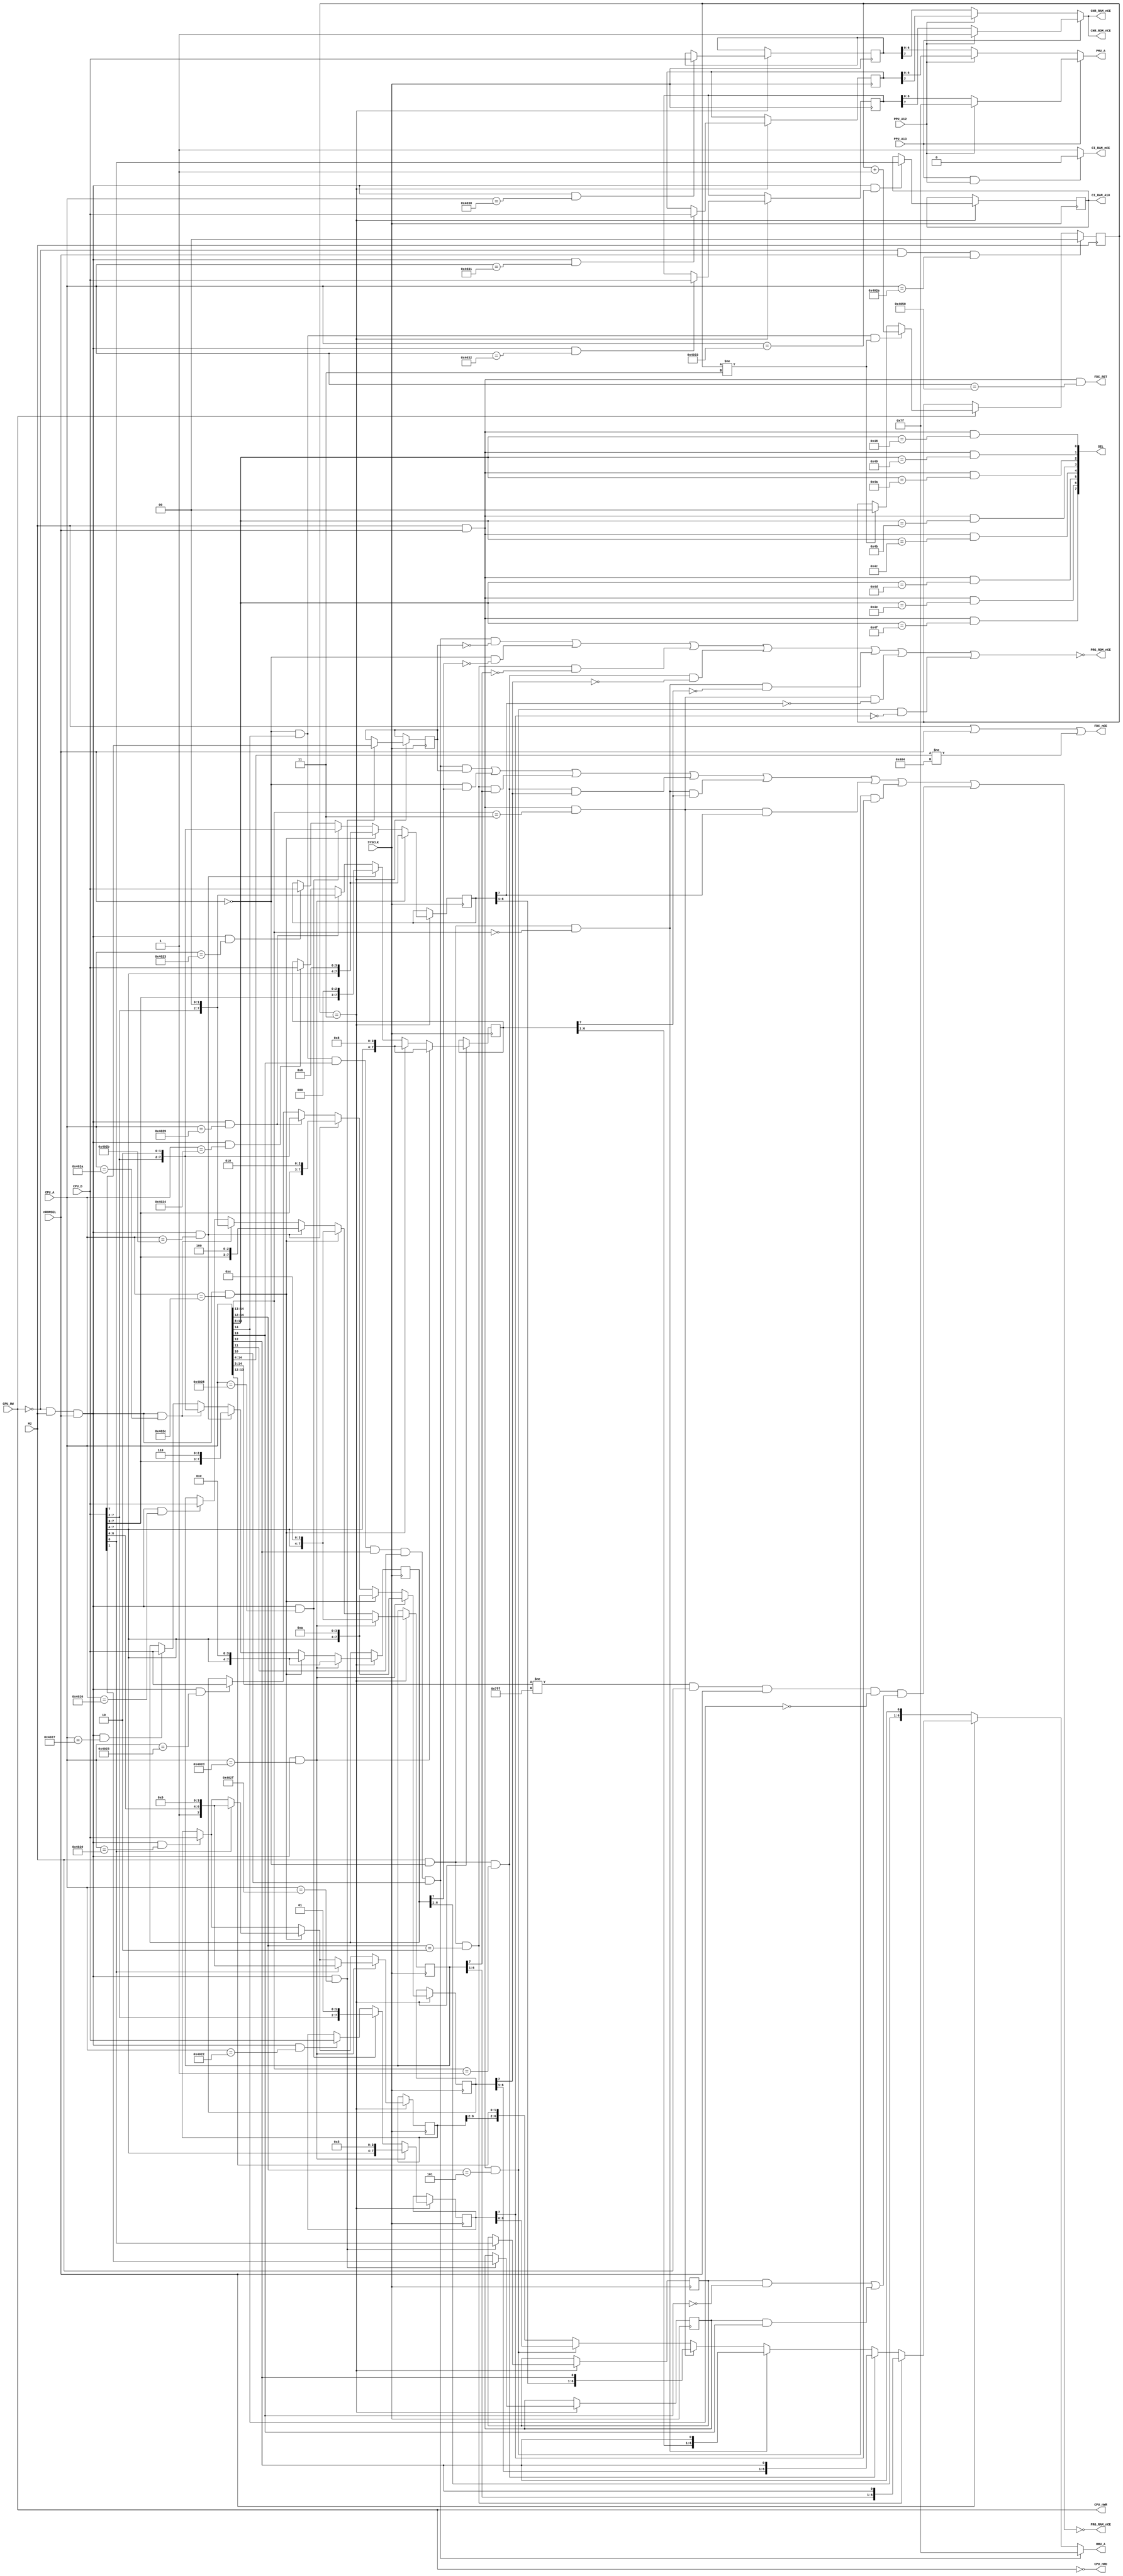
module nespc(
    input wire          SYSCLK
   ,input wire          M2
   ,input wire          nROMSEL
   ,input wire  [14:0]  CPU_A
   ,input wire   [7:0]  CPU_D
   ,input wire          CPU_RW
   ,input wire          PPU_A13
   ,input wire          PPU_A12
   ,output wire         CPU_nRD
   ,output wire         CPU_nWR
   ,output wire         FDC_nCE
   ,output wire  [7:0]  SEL
   ,output wire  [6:0]  MMU_A
   ,output wire  [6:0]  PMU_A
   ,output wire         PRG_RAM_nCE
   ,output wire         PRG_ROM_nCE
   ,output wire         CHR_RAM_nCE
   ,output wire         CHR_ROM_nCE
   ,output wire         CI_RAM_nCE
   ,output wire         CI_RAM_A10
   ,output wire         FDC_RST
);

// Yes, I know this wastes 1 output pin for nWR, and could be replaced by a transistor for nRD.
assign CPU_nRD = ~CPU_RW;
assign CPU_nWR =  CPU_RW;

// Floppy Disk Controller at $404x, Reset at $4050
assign FDC_nCE = M2 || nROMSEL || (CPU_A[14:4] != 11'h0404);
assign FDC_RST = M2 && nROMSEL && (CPU_A[14:0] == 15'h04050);

// I/O0 $48xx -> Slot 0 I/O Window
assign SEL[0] = M2 && nROMSEL && (CPU_A[14:8] == 7'h48);

// ROM0 $49xx -> Slot 0 ROM Window
assign SEL[1] = M2 && nROMSEL && (CPU_A[14:8] == 7'h49);

// I/O1 $4Axx -> Slot 1 I/O Window
assign SEL[2] = M2 && nROMSEL && (CPU_A[14:8] == 7'h4A);

// ROM1 $4Bxx -> Slot 1 ROM Window
assign SEL[3] = M2 && nROMSEL && (CPU_A[14:8] == 7'h4B);

// I/O2 $4Cxx -> Slot 2 I/O Window
assign SEL[4] = M2 && nROMSEL && (CPU_A[14:8] == 7'h4C);

// ROM2 $4Dxx -> Slot 2 ROM Window
assign SEL[5] = M2 && nROMSEL && (CPU_A[14:8] == 7'h4D);

// I/O3 $4Exx -> Slot 3 I/O Window
assign SEL[6] = M2 && nROMSEL && (CPU_A[14:8] == 7'h4E);

// ROM3 $4Fxx -> Slot 3 ROM Window
assign SEL[7] = M2 && nROMSEL && (CPU_A[14:8] == 7'h4F);




// PPU/CHR Memory Mapper

// PPU $0000-$0FFF  4KB Pattern Table 0 (Default CHR-ROM $FFF000-$FFFFFF)
reg [7:0] PPU_WIN0 = 8'h7f;

// PPU $1000-$1FFF  4KB Pattern Table 1 (Default CHR-ROM $FFE000-$FFEFFF)
reg [7:0] PPU_WIN1 = 8'h7e;

// PPU $2000-$2FFF  4KB Name Tables (Default CHR-ROM $FFD000-$FFDFFF)
reg [7:0] PPU_WIN2 = 8'h7d;

// PPU $3000-$3EFF  CI-A10 value for CI-RAM (Mostly Useless)
reg       PPU_WIN3 = 1'b1;

assign PMU_A[6:0]  = PPU_A13 ? (PPU_A12 ? 7'h7f : PPU_WIN2[6:0]) : (PPU_A12 ? PPU_WIN1[6:0] : PPU_WIN0[6:0]);
assign CHR_ROM_nCE = PPU_A13 ? (PPU_A12 ?  1'b1 : PPU_WIN2[7]  ) : (PPU_A12 ? PPU_WIN1[7]   : PPU_WIN0[7]  );
assign CHR_RAM_nCE = PPU_A13 ? (PPU_A12 ?  1'b1 : PPU_WIN2[7]  ) : (PPU_A12 ? PPU_WIN1[7]   : PPU_WIN0[7]  );

// Cull these to drop the (Mostly Useless) CI-RAM and save two I/O pins (wire CI_RAM_nCE to +5V instead)
assign CI_RAM_nCE  = (PPU_A13 && PPU_A12) ? 1'b0 : 1'b1;
assign CI_RAM_A10  = PPU_WIN3;




// CPU/PRG Memory Mapper

reg [1:0] UNLOCK = 2'b0;

// $0000-$3FFF 16KB Base Window
reg EWRAM_20 = 1'b0;
reg EWRAM_00 = 1'b0;
reg [7:0] PAGE00_WIN = 8'h80;

// EWRAM
wire PAGE00_SEL = (CPU_A[14:3] != 12'b011111111111) && M2 && nROMSEL && !CPU_A[14] && ((EWRAM_00 && !CPU_A[13]) || (EWRAM_20 && CPU_A[13]));

// $5000-$5FFF  4KB Page Window
reg [7:0] PAGE50_WIN = 8'h75;
wire PAGE50_SEL =  M2 && nROMSEL && (CPU_A[14:12] == 3'h5);

// $6000-$7FFF  8KB Page Window
reg [7:0] PAGE60_WIN = 8'h76;
wire PAGE60_SEL =  M2 && nROMSEL && (CPU_A[14:13] == 2'h3);

// $8000-$9FFF  8KB Page Window
reg [7:0] PAGE80_WIN = 8'h78;
wire PAGE80_SEL =  M2 && !nROMSEL && (CPU_A[14:13] == 2'h0);

// $A000-$BFFF  8KB Page Window
reg [7:0] PAGEA0_WIN = 8'h7A;
wire PAGEA0_SEL =  M2 && !nROMSEL && (CPU_A[14:13] == 2'h1);

// $C000-$DFFF  8KB Page Window
reg [7:0] PAGEC0_WIN = 8'h7C;
wire PAGEC0_SEL =  M2 && !nROMSEL && (CPU_A[14:12] == 2'h2);

// $E000-$FBFF  7KB User Window (Fixed at PRG-ROM/PRG-RAM $FFE000-$FFFBFF)
//reg PAGEE0_RAM = 1'b0;
reg [7:0] PAGEE0_WIN = 8'h7E;
wire PAGEE0_SEL = !nROMSEL; // || (M2 && (CPU_A[14:12] >= 3'd6));

// $FC00-$FFFF  1KB Vector Window (Fixed at PRG-ROM/PRG-RAM $FFFC00-$FFFFFF)
reg PAGEFC_RAM = 1'b0;
wire PAGEFC_SEL = !nROMSEL && CPU_A[14] &&  CPU_A[13] &&  CPU_A[12]  &&  CPU_A[11] &&  CPU_A[10];


assign MMU_A[6:0]  = PAGEFC_SEL ? 7'h7f : (
                     PAGEE0_SEL ? { PAGEE0_WIN[6:1], CPU_A[12] } : (
                     PAGEC0_SEL ? { PAGEC0_WIN[6:1], CPU_A[12] } : (
                     PAGEA0_SEL ? { PAGEA0_WIN[6:1], CPU_A[12] } : (
                     PAGE80_SEL ? { PAGE80_WIN[6:1], CPU_A[12] } : (
                     PAGE60_SEL ? { PAGE60_WIN[6:1], CPU_A[12] } : (
                     PAGE50_SEL ? PAGE50_WIN[6:0] : (
							{ PAGE00_WIN[6:2], CPU_A[13:12] } )))))));

assign PRG_ROM_nCE = !((PAGEFC_SEL && !PAGEFC_RAM) ||
                       (PAGEE0_SEL && !PAGEE0_WIN[7]) ||
                       (PAGEC0_SEL && !PAGEC0_WIN[7]) ||
                       (PAGEA0_SEL && !PAGEA0_WIN[7]) ||
                       (PAGE80_SEL && !PAGE80_WIN[7]) ||
                       (PAGE60_SEL && !PAGE60_WIN[7]) ||
                       (PAGE50_SEL && !PAGE50_WIN[7]));

assign PRG_RAM_nCE = !((PAGEFC_SEL && PAGEFC_RAM) ||
                       (PAGEE0_SEL && PAGEE0_WIN[7]) ||
                       (PAGEC0_SEL && PAGEC0_WIN[7]) ||
                       (PAGEA0_SEL && PAGEA0_WIN[7]) ||
                       (PAGE80_SEL && PAGE80_WIN[7]) ||
                       (PAGE60_SEL && PAGE60_WIN[7]) ||
                       (PAGE50_SEL && PAGE50_WIN[7]) ||
                        PAGE00_SEL);



// MMU Registers

always @ (posedge M2) begin
    if(!CPU_nRD) begin
	     if(!nROMSEL && CPU_A[14] && (UNLOCK != 2'b11)) begin
	         UNLOCK <= UNLOCK + 2'b1;
		  end else if(UNLOCK != 2'b11) begin
	         UNLOCK <= 2'b0;
		  end
	 end
	 // $402E: MMU Lock Register
	 if(!CPU_nWR && nROMSEL && (CPU_A[14:0] == 15'h402E)) begin
	 	 UNLOCK <= 2'b0;
	 end
end

always @ (posedge SYSCLK) begin

    if(UNLOCK == 2'b11) begin
		  // $4020: MMU Register for CPU Bus $0000-$3FFF
		  if(!CPU_nWR && M2 && nROMSEL && (CPU_A[14:0] == 15'h4020)) begin
            PAGE00_WIN <= CPU_D;
		  end
		  // $4022: MMU Register for CPU Bus $5000-$5FFF
		  if(!CPU_nWR && M2 && nROMSEL && (CPU_A[14:0] == 15'h4022)) begin
            PAGE50_WIN <= CPU_D;
		  end
		  // $4023: MMU Register for CPU Bus $6000-$7FFF
		  if(!CPU_nWR && M2 && nROMSEL && (CPU_A[14:0] == 15'h4023)) begin
            PAGE60_WIN <= CPU_D;
		  end
		  // $4024: MMU Register for CPU Bus $8000-$9FFF
		  if(!CPU_nWR && M2 && nROMSEL && (CPU_A[14:0] == 15'h4024)) begin
            PAGE80_WIN <= CPU_D;
		  end
		  // $4025: MMU Register for CPU Bus $A000-$BFFF
		  if(!CPU_nWR && M2 && nROMSEL && (CPU_A[14:0] == 15'h4025)) begin
            PAGEA0_WIN <= CPU_D;
		  end
		  // $4026: MMU Register for CPU Bus $C000-$DFFF
        if(!CPU_nWR && M2 && nROMSEL && (CPU_A[14:0] == 15'h4026)) begin
            PAGEC0_WIN <= CPU_D;
        end
        // $4027: MMU Register for CPU Bus $E000-$FBFF
        if(!CPU_nWR && M2 && nROMSEL && (CPU_A[14:0] == 15'h4027)) begin
            PAGEE0_WIN <= CPU_D;
        end

		  // $4028: MMU Register for CPU Bus $5000-$7FFF
		  if(!CPU_nWR && M2 && nROMSEL && (CPU_A[14:0] == 15'h4028)) begin
            PAGE50_WIN <= { CPU_D[7:2], 2'h1 };
            PAGE60_WIN <= { CPU_D[7:2], 2'h2 };
		  end
		  // $4029: MMU Register for CPU Bus $8000-$BFFF
		  if(!CPU_nWR && M2 && nROMSEL && (CPU_A[14:0] == 15'h4029)) begin
            PAGE80_WIN <= { CPU_D[7:2], 2'h0 };
            PAGEA0_WIN <= { CPU_D[7:2], 2'h2 };
		  end
		  // $402A: MMU Register for CPU Bus $C000-$FBFF
		  if(!CPU_nWR && M2 && nROMSEL && (CPU_A[14:0] == 15'h402A)) begin
            PAGEC0_WIN <= { CPU_D[7:2], 2'h0 };
            PAGEE0_WIN <= { CPU_D[7:2], 2'h2 };
		  end

		  // $402B: MMU Bulk Register for CPU Bus $8000-$FBFF
		  if(!CPU_nWR && M2 && nROMSEL && (CPU_A[14:0] == 15'h402B)) begin
            PAGE80_WIN <= { CPU_D[7:3], 3'h0 };
            PAGEA0_WIN <= { CPU_D[7:3], 3'h2 };
            PAGEC0_WIN <= { CPU_D[7:3], 3'h4 };
            PAGEE0_WIN <= { CPU_D[7:3], 3'h6 };
		  end
		  // $402C: MMU Bulk Register for CPU Bus $0000-$3FFF, $6000-$FBFF
		  if(!CPU_nWR && M2 && nROMSEL && (CPU_A[14:0] == 15'h402C)) begin
		      if(CPU_D[0])
                PAGE00_WIN <= { 1'b1, CPU_D[6:4], 4'h0 };
            PAGE60_WIN <= { CPU_D[7:4], 4'h6 };
            PAGE80_WIN <= { CPU_D[7:4], 4'h8 };
            PAGEA0_WIN <= { CPU_D[7:4], 4'hA };
            PAGEC0_WIN <= { CPU_D[7:4], 4'hC };
            PAGEE0_WIN <= { CPU_D[7:4], 4'hE };
		  end
		  // $402D: MMU Bulk Register for CPU Bus $0000-$3FFF, $5000-$FBFF
		  if(!CPU_nWR && M2 && nROMSEL && (CPU_A[14:0] == 15'h402D)) begin
		      if(CPU_D[0])
                PAGE00_WIN <= { 1'b1, CPU_D[6:4], 4'h0 };
            PAGE50_WIN <= { CPU_D[7:4], 4'h5 };
            PAGE60_WIN <= { CPU_D[7:4], 4'h6 };
            PAGE80_WIN <= { CPU_D[7:4], 4'h8 };
            PAGEA0_WIN <= { CPU_D[7:4], 4'hA };
            PAGEC0_WIN <= { CPU_D[7:4], 4'hC };
            PAGEE0_WIN <= { CPU_D[7:4], 4'hE };
		  end
		  // $402F: MMU Vector Register
		  // D7 toggles $FC00-$FFFF between (0) PRG-ROM and (1) PRG-RAM
		  // D1 enables/disables $2000-$3FF8 mapping (Requires U3 MMU)
		  // D0 enables/disables $0000-$1FFF mapping
		  if(!CPU_nWR && M2 && nROMSEL && (CPU_A[14:0] == 15'h402F)) begin
            PAGEFC_RAM <= CPU_D[7];
            EWRAM_20   <= CPU_D[1];
            EWRAM_00   <= CPU_D[0];
		  end

		  // $4030: MMU Register for PPU Bus $0000-$0FFF
		  if(!CPU_nWR && M2 && nROMSEL && (CPU_A[14:0] == 15'h4030)) begin
            PPU_WIN0 <= CPU_D;
		  end
		  // $4031: MMU Register for PPU Bus $1000-$1FFF
		  if(!CPU_nWR && M2 && nROMSEL && (CPU_A[14:0] == 15'h4031)) begin
            PPU_WIN1 <= CPU_D;
		  end
		  // $4032: MMU Register for PPU Bus $2000-$2FFF
		  if(!CPU_nWR && M2 && nROMSEL && (CPU_A[14:0] == 15'h4032)) begin
            PPU_WIN2 <= CPU_D;
		  end
		  // $4033: MMU Register for PPU Bus $3000-$3EFF
		  if(!CPU_nWR && M2 && nROMSEL && (CPU_A[14:0] == 15'h4033)) begin
            PPU_WIN3 <= CPU_D[0];
		  end
    end
end

endmodule